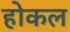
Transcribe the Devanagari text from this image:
होकल